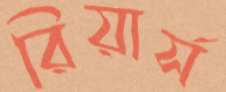
রিয়ার্স